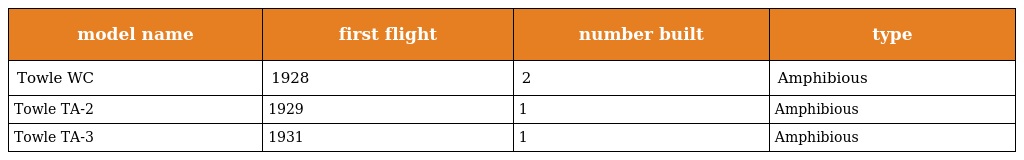
| model name | first flight | number built | type |
 | --- | --- | --- | --- |
 | Towle WC | 1928 | 2 | Amphibious |
 | Towle TA-2 | 1929 | 1 | Amphibious |
 | Towle TA-3 | 1931 | 1 | Amphibious |